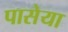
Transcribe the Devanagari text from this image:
पासेया